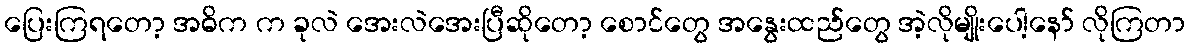
ပြေးကြရတော့ အဓိက က ခုလဲ အေးလဲအေးပြီဆိုတော့ စောင်တွေ အနွေးထည်တွေ အဲ့လိုမျိုးပေါ့နော် လိုကြတာ